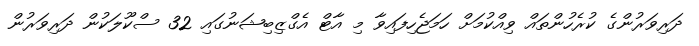
ދަރިވަރުންގެ ކުރެހުންތައް ވިއްކުމަށް ހަމަޖެހިފައިވާ މި އާޓް އެގްޒިބިޝަނުގައި 32 ސްކޫލަކުން ދަރިވަރުން